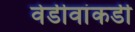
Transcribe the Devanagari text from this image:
वेडीवांकडी